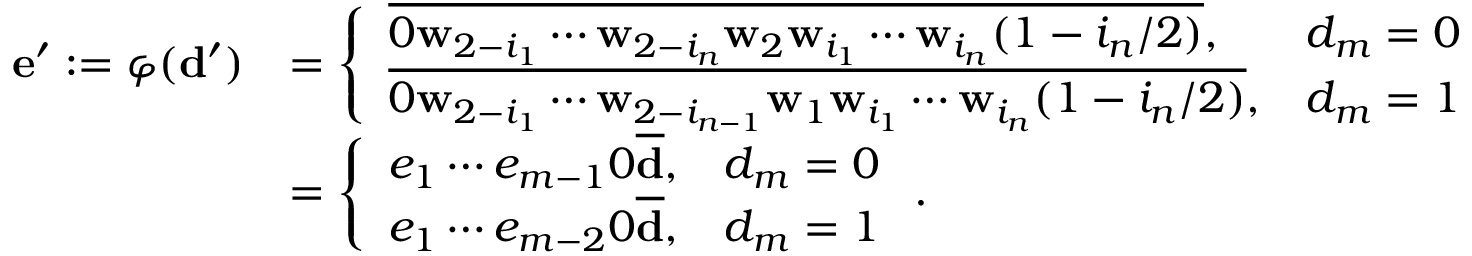
\begin{array} { r l } { \mathbf e ^ { \prime } : = \varphi ( \mathbf d ^ { \prime } ) } & { = \left\{ \begin{array} { l l } { \overline { { 0 \mathbf w _ { 2 - i _ { 1 } } \cdots \mathbf w _ { 2 - i _ { n } } \mathbf w _ { 2 } \mathbf w _ { i _ { 1 } } \cdots \mathbf w _ { i _ { n } } ( 1 - i _ { n } / 2 ) } } , } & { d _ { m } = 0 } \\ { \overline { { 0 \mathbf w _ { 2 - i _ { 1 } } \cdots \mathbf w _ { 2 - i _ { n - 1 } } \mathbf w _ { 1 } \mathbf w _ { i _ { 1 } } \cdots \mathbf w _ { i _ { n } } ( 1 - i _ { n } / 2 ) } } , } & { d _ { m } = 1 } \end{array} \right. } \\ & { = \left\{ \begin{array} { l l } { e _ { 1 } \cdots e _ { m - 1 } 0 \overline { { \mathbf d } } , } & { d _ { m } = 0 } \\ { e _ { 1 } \cdots e _ { m - 2 } 0 \overline { { \mathbf d } } , } & { d _ { m } = 1 } \end{array} \right. . } \end{array}